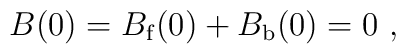
B(0) = B_{\rm f}(0)+B_{\rm b}(0)=0 \ ,